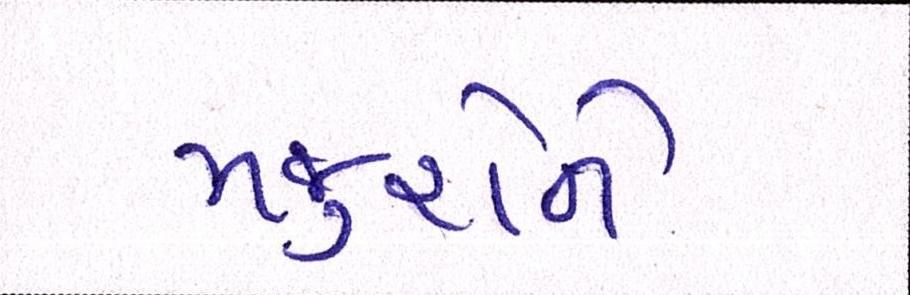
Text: મજુરોને